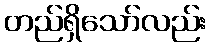
တည်ရှိသော်လည်း